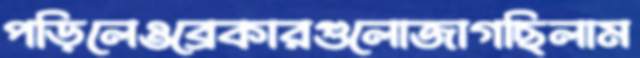
পড়িলেওব্রেকারগুলোজাগছিলাম